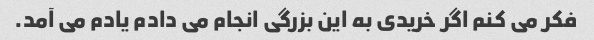
فکر می کنم اگر خریدی به این بزرگی انجام می دادم یادم می آمد.